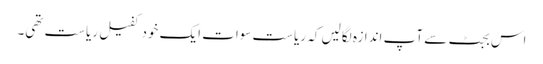
اس بجٹ سے آپ اندازہ لگالیں کہ ریاست سوات ایک خود کفیل ریاست تھی۔